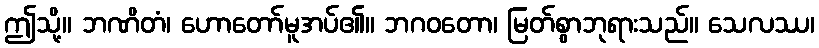
ဤသို့။ ဘဏိတံ၊ ဟောတော်မူအပ်၏။ ဘဂဝတော၊ မြတ်စွာဘုရားသည်။ သေလဿ၊